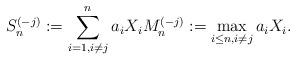
LaTeX: \begin{align*} S_n^{(-j)} := \sum_{i=1, i \neq j}^n a_i X_i M_n^{(-j)} := \max_{i \leq n, i \neq j} a_i X_i.\end{align*}